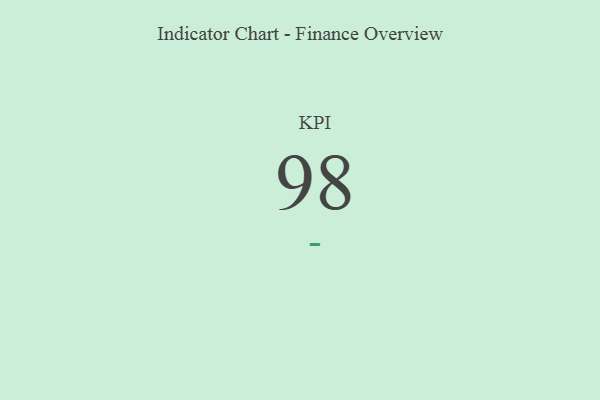
{"axis": {"x": "KPI", "y": "Value"}, "legend": [""], "data": [{"x": "KPI", "y": 98, "type": ""}]}